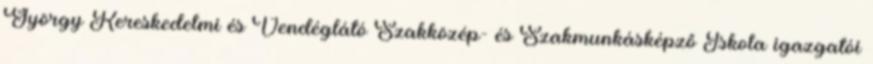
György Kereskedelmi és Vendéglátó Szakközép- és Szakmunkásképző Iskola igazgatói